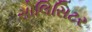
સોલિસિટર